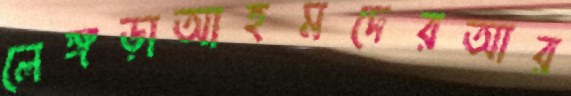
লেঙ্গড়াআহমদেরআর